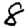
Digit: 8